Report on the cholera epidemic of
Year: 1868
Disease focus: Cholera
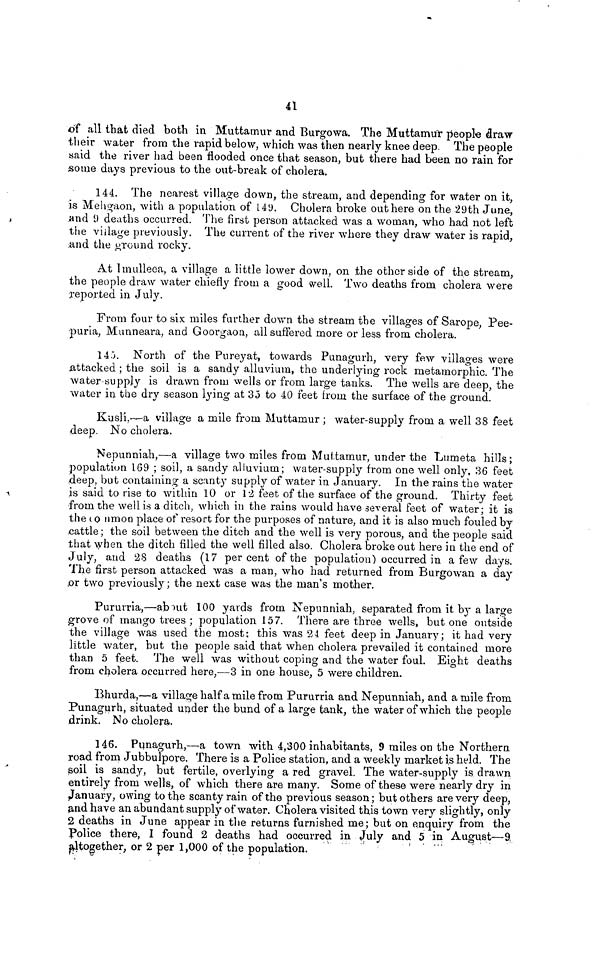
41
of all that died both in Muttamur and Burgowa. The Muttamur people draw
their water from the rapid below, which was then nearly knee deep The people
said the river had been flooded once that season, but there had been no rain for
some days previous to the out-break of cholera.
144. The nearest village down, the stream, and depending for water on it,
is Mehgaon, with a population of 149. Cholera broke out here on the 29th June,
and 9 deaths occurred. The first person attacked was a woman, who had not left
the village previously. The current of the river where they draw water is rapid,
and the Around rocky.
At Imulleca, a village a little lower down, on the other side of the stream,
the people draw water chiefly from a good well. Two deaths from cholera were
reported in July.
From four to six miles further down the stream the villages of Sarope, Pee-
puria, Munneara, and Goorgaoa, all suffered more or less from cholera.
145. North of the Pureyat, towards Punagurh, very few villages were
attacked ; the soil is a sandy alluvium, the underlying rock metamorphic. The
water-supply is drawn from wells or from large tanks. The wells are deep, the
water in the dry season lying at 35 to 40 feet from the surface of the ground.
Kusli,-a village a mile from Muttamur ; water-supply from a well 38 feet
deep. No cholera.
Nepunniah,—a village two miles from Muttamur, under the Lumeta hills;
population 169 ; soil, a sandy alluvium ; water-supply from one well only, 36 feet
deep, but containing a scanty supply of water in January. In the rains the water
is said to rise to within 10 or 12 feet of the surface of the ground. Thirty feet
from the well is a ditch, which in the rains would have several feet of water; it is
the common place of resort for the purposes of nature, and it is also much fouled by
cattle; the soil between the ditch and the well is very porous, and the people said
that when the ditch filled the well filled also. Cholera broke out here in the end of
July, and 28 deaths (17 percent of the population) occurred in a few days.
The first person attacked was a man, who had returned from Burgowan a day
,or two previously ; the next case was the man's mother.
Pururria,—about 100 yards from Nepunniah, separated from it by a large
grove of mango trees ; population 157. There are three wells, but one outside
the village was used the most: this was 24 feet deep in January; it had very
little water, but the people said that when cholera prevailed it contained more
than 5 feet. The well was without coping and the water foul. Eight deaths
from cholera occurred here,—3 in one house, 5 were children.
Bhurda,—a village half a mile from Pururria and Nepunniah, and a mile from
Punagurh, situated under the bund of a large tank, the water of which the people
drink. No cholera.
146. Punagurh,—a town with 4,300 inhabitants, 9 miles on the Northern
road from Jubbulpore. There is a Police station, and a weekly market is held. The
soil is sandy, but fertile, overlying a red gravel. The water-supply is drawn
entirely from wells, of which. there are many. Some of these were nearly dry in
January, owing to the scanty rain of the previous season; but others are very deep,
and have an abundant supply of water. Cholera visited this town very slightly, only
2 deaths in June appear in the returns furnished me; but on enquiry from the
Police there, I found 2 deaths had occurred in July and 5 in August—9
altogether, or 2 per 1,000 of the population.